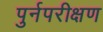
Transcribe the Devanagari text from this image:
पुर्नपरीक्षण